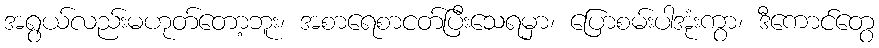
အရွယ်လည်းမဟုတ်တော့ဘူး၊ အစာရေစာငတ်ပြီးသေရမှာ၊ ပြောစမ်းပါအုံးကွာ၊ ဒီကောင်တွေ